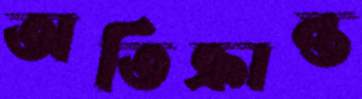
অতিক্রান্ত